Civil Veterinary Department ledger series I-VI
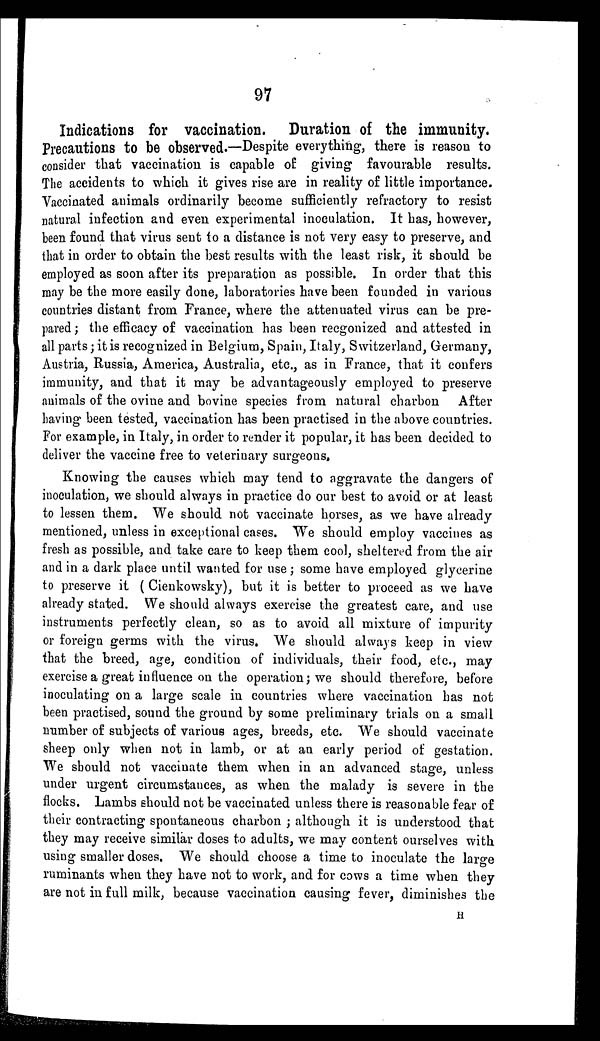
97
Indications for vaccination. Duration of the immunity.
Precautions to be observed.—Despite everything, there is reason to
consider that vaccination is capable of: giving favourable results.
The accidents to which it gives rise are in reality of little importance.
Vaccinated animals ordinarily become sufficiently refractory to resist
natural infection and even experimental inoculation. It has, however,
been found that virus sent to a distance is not very easy to preserve, and
that in order to obtain the best results with the least risk, it should be
employed as soon after its preparation as possible. In order that this
may be the more easily done, laboratories have been founded in various
countries distant from France, where the attenuated virus can be pre-
pared; the efficacy of vaccination has been recgonized and attested in
all parts; it is recognized in Belgium, Spain, Italy, Switzerland, Germany,
Austria, Russia, America, Australia, etc., as in France, that it confers
immunity, and that it may be advantageously employed to preserve
animals of the ovine and bovine species from natural charbon
After
having been tested, vaccination has been practised in the above countries.
For example, in Italy, in order to render it popular, it has been decided to
deliver the vaccine free to veterinary surgeons.
Knowing the causes which may tend to aggravate the dangers of
inoculation, we should always in practice do our best to avoid or at least
to lessen them. We should not vaccinate horses, as we have already
mentioned, unless in exceptional cases. We should employ vaccines as
fresh as possible, and take care to keep them cool, sheltered from the air
and in a dark place until wanted for use; some have employed glycerine
to preserve it (Cienkowsky), but it is better to proceed as we have
already stated. We should always exercise the greatest care, and use
instruments perfectly clean, so as to avoid all mixture of impurity
or foreign germs with the virus. We should always keep in view
that the breed, age, condition of individuals, their food, etc., may
exercise a great influence on the operation; we should therefore, before
inoculating on a large scale in countries where vaccination has not
been practised, sound the ground by some preliminary trials on a small
number of subjects of various ages, breeds, etc. We should vaccinate
sheep only when not in lamb, or at an early period of gestation.
We should not vaccinate them when in an advanced stage, unless
under urgent circumstances, as when the malady is severe in the
flocks. Lambs should not be vaccinated unless there is reasonable fear of
their contracting spontaneous charbon; although it is understood that
they may receive similar doses to adults, we may content ourselves with
using smaller doses. We should choose a time to inoculate the large
ruminants when they have not to work, and for cows a time when they
are not in full milk, because vaccination causing fever, diminishes the
H